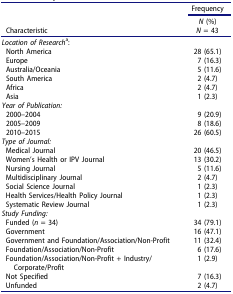
|  | Frequency |
 | Characteristic | N (%) N = 43 |
 | --- | --- |
 | <COLSPAN=2> Location of Researcha: |
 | North America | 28 (65.1) |
 | Europe | 7 (16.3) |
 | Australia/Oceania | 5 (11.6) |
 | South America | 2 (4.7) |
 | Africa | 2 (4.7) |
 | Asia | 1 (2.3) |
 | <COLSPAN=2> Year of Publication: |
 | 2000–2004 | 9 (20.9) |
 | 2005–2009 | 8 (18.6) |
 | 2010–2015 | 26 (60.5) |
 | <COLSPAN=2> Type of Journal: |
 | Medical Journal | 20 (46.5) |
 | Women’s Health or IPV Journal | 13 (30.2) |
 | Nursing Journal | 5 (11.6) |
 | Multidisciplinary Journal | 2 (4.7) |
 | Social Science Journal | 1 (2.3) |
 | Health Services/Health Policy Journal | 1 (2.3) |
 | Systematic Review Journal | 1 (2.3) |
 | <COLSPAN=2> Study Funding: |
 | Funded (n = 34) | 34 (79.1) |
 | Government | 16 (47.1) |
 | Government and Foundation/Association/Non-Profit | 11 (32.4) |
 | Foundation/Association/Non-Profit | 6 (17.6) |
 | Foundation/Association/Non-Profit + Industry/Corporate/Profit | 1 (2.9) |
 | Not Specified | 7 (16.3) |
 | Unfunded | 2 (4.7) |